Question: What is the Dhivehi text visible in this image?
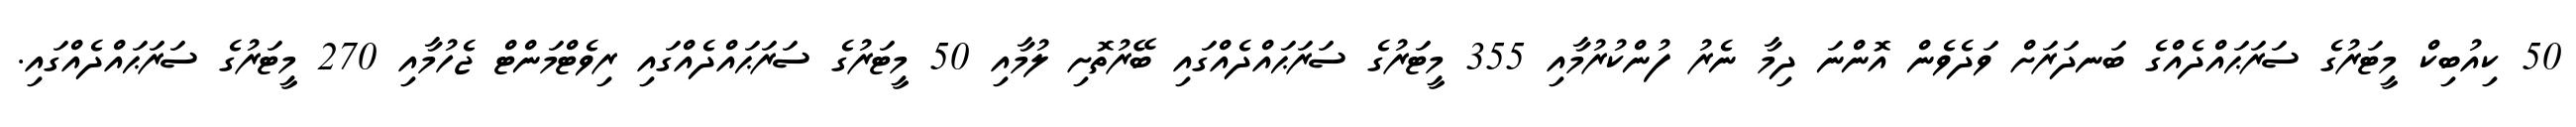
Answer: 50 ކިއުބިކް މީޓަރުގެ ސަރަޙައްދެއްގެ ބަނދަރަށް ވަދެވެން އޮންނަ ދިމާ ނެރު ފުންކުރުމާއި 355 މީޓަރުގެ ސަރަޙައްދެއްގައި ބޭރުތޮށި ލުމާއި 50 މީޓަރުގެ ސަރަޙައްދެއްގައި ރިވެޓްމަންޓް ޖެހުމާއި 270 މީޓަރުގެ ސަރަޙައްދެއްގައި.